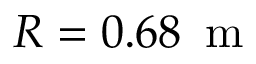
R = 0 . 6 8 \, \mathrm { ~ m ~ }